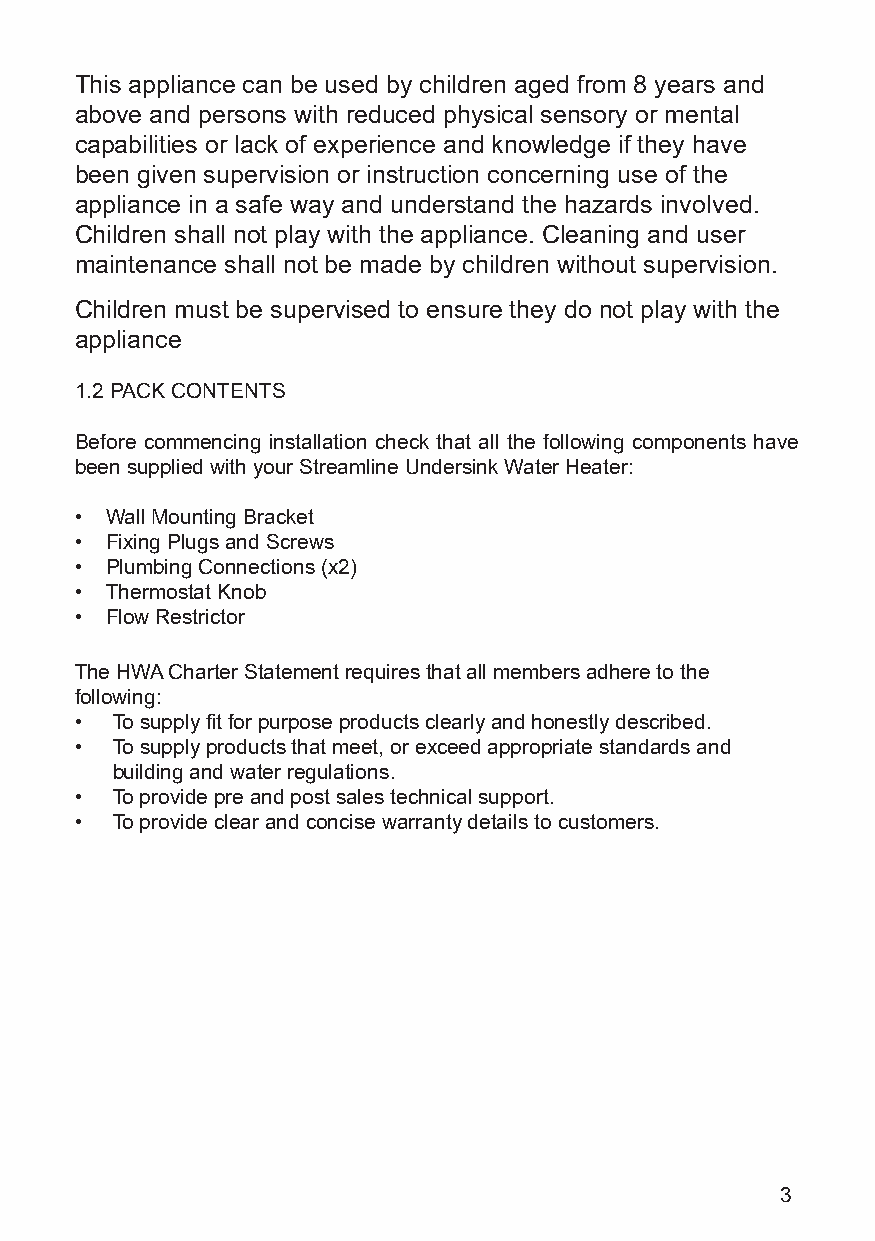
This appliance can be used by children aged from 8 years and
 above and persons with reduced physical sensory or mental
 capabilities or lack of experience and knowledge if they have
 been given supervision or instruction concerning use of the
 appliance in a safe way and understand the hazards involved.
 Children shall not play with the appliance. Cleaning and user
 maintenance shall not be made by children without supervision.
 Children must be supervised to ensure they do not play with the
 appliance
 1.2 PACK CONTENTS
 Before commencing installation check that all the following components have
 been supplied with your Streamline Undersink Water Heater:
 • Wall Mounting Bracket
 • Fixing Plugs and Screws
 • Plumbing Connections (x2)
 • Thermostat Knob
 • Flow Restrictor
 The HWA Charter Statement requires that all members adhere to the
 following:
 • To supply fit for purpose products clearly and honestly described.
 • To supply products that meet, or exceed appropriate standards and
 building and water regulations.
 • To provide pre and post sales technical support.
 • To provide clear and concise warranty details to customers.
 3